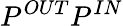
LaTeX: P^{OUT}P^{IN}